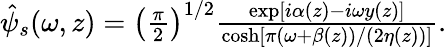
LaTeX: \begin{array}{r}{\hat{\psi}_{s}(\omega,z)=\left(\frac{\pi}{2}\right)^{1/2}\frac{\exp[i\alpha(z)-i\omega y(z)]}{\cosh\left[\pi\left(\omega+\beta(z)\right)/\left(2\eta(z)\right)\right]}.}\end{array}